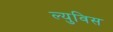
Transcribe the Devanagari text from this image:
ल्युविस